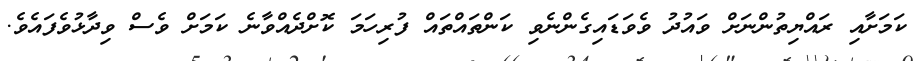
ކަމަށާއި ރައްޔިތުންނަށް ވައުދު ވެވަޑައިގެންނެވި ކަންތައްތައް ފުރިހަމަ ކޮށްދެއްވާނެ ކަމަށް ވެސް ވިދާޅުވެފައެވެ.